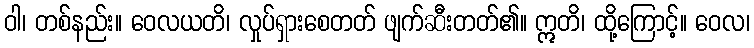
ဝါ၊ တစ်နည်း။ ဝေလယတိ၊ လှုပ်ရှားစေတတ် ဖျက်ဆီးတတ်၏။ ဣတိ၊ ထို့ကြောင့်။ ဝေလ၊